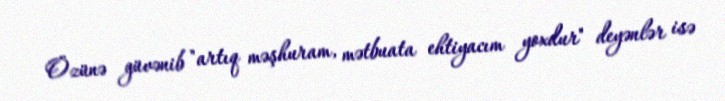
Özünə güvənib "artıq məşhuram, mətbuata ehtiyacım yoxdur" deyənlər isə